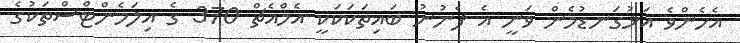
އެހެންވެ އަޅުގަނޑުމެން ވަނީ އެ ފެނުނު ބައިތަކަކަކީ އެމްއެޗް 370 ގެ އިލަމެންޓްސްތަކުގެ